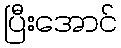
ပြီးအောင်